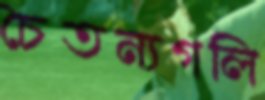
চৈতন্যগলি